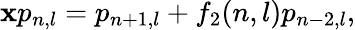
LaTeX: \mathbf{x}p_{n,l}=p_{n+1,l}+f_{2}(n,l)p_{n-2,l},